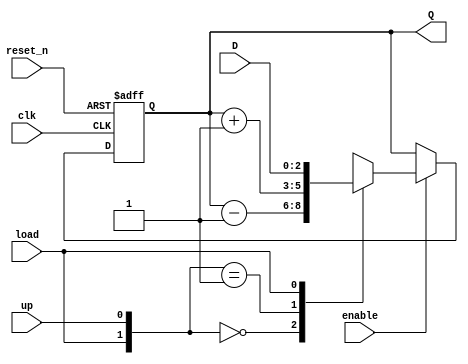
`timescale 1ns / 1ps
//////////////////////////////////////////////////////////////////////////////////
// Company: 
// Engineer: 
// 
// Design Name: 
// Module Name: udl_counter
// Project Name: 
// Target Devices: 
// Tool Versions: 
// Description: 
// 
// Dependencies: 
// 
// Revision:
// Revision 0.01 - File Created
// Additional Comments:
// 
//////////////////////////////////////////////////////////////////////////////////


module udl_counter
    #(parameter BITS = 3)(  //4
    input clk,
    input reset_n,
    input enable,
    input up, //when asserted the counter is up counter; otherwise, it is a down counter
    input load,
    input [BITS - 1:0] D,
    output [BITS - 1:0] Q
    );
    
    reg [BITS - 1:0] Q_reg, Q_next;
    
    always @(posedge clk, negedge reset_n)
    begin
        if (~reset_n)
            Q_reg <= 'b0;
        else if(enable)
            Q_reg <= Q_next;
        else
            Q_reg <= Q_reg;
    end
    
    // Next state logic
    always @(Q_reg, up, load, D)
    begin
        Q_next = Q_reg;
        casex({load,up})
            2'b00: Q_next = Q_reg - 1;
            2'b01: Q_next = Q_reg + 1;
            2'b1x: Q_next = D;
            default: Q_next = Q_reg;
        endcase
        
    end
    
    // Output logic
    assign Q = Q_reg;
endmodule